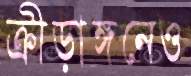
ক্রীড়াঙ্গনেও